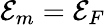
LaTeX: {\cal E}_{m}={\cal E}_{F}